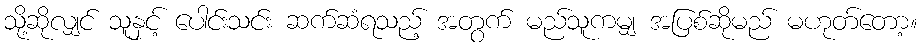
သို့ဆိုလျှင် သူနှင့် ပေါင်းသင်း ဆက်ဆံရသည့် အတွက် မည်သူကမျှ အပြစ်ဆိုမည် မဟုတ်တော့။